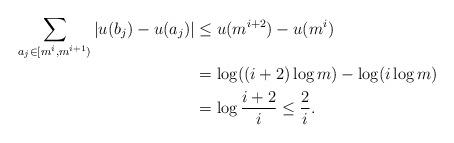
LaTeX: \begin{align*}\sum_{a_j\in[m^i,m^{i+1})}|u(b_j)-u(a_j)|&\leq u(m^{i+2})-u(m^i)\\&= \log((i+2)\log m)-\log(i\log m)\\&= \log\frac{i+2}{i}\leq\frac{2}{i}.\end{align*}